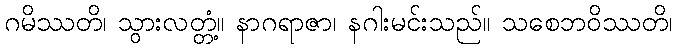
ဂမိဿတိ၊ သွားလတ္တံ့။ နာဂရာဇာ၊ နဂါးမင်းသည်။ သစေဘဝိဿတိ၊